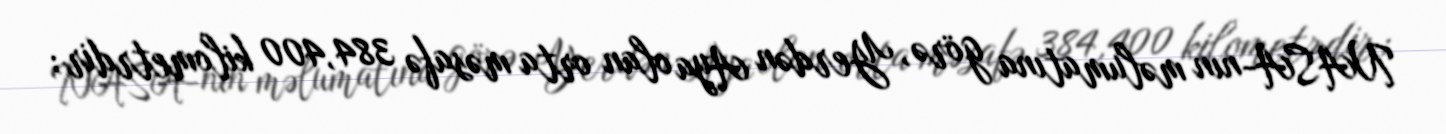
NASA-nın məlumatına görə, Yerdən Aya olan orta məsafə 384,400 kilometrdir;